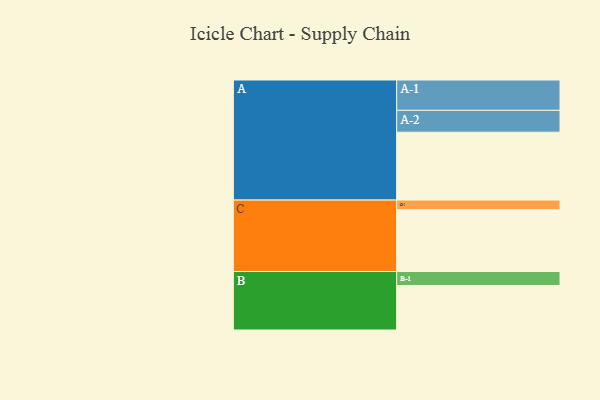
{"axis": {"x": "Segment", "y": "Value"}, "legend": ["", "A", "B", "C"], "data": [{"x": "A", "y": 564, "type": ""}, {"x": "B", "y": 370, "type": ""}, {"x": "C", "y": 513, "type": ""}, {"x": "A-1", "y": 252, "type": "A"}, {"x": "A-2", "y": 182, "type": "A"}, {"x": "B-1", "y": 116, "type": "B"}, {"x": "C-1", "y": 81, "type": "C"}]}